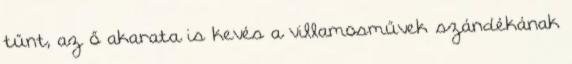
tűnt, az ő akarata is kevés a villamosművek szándékának